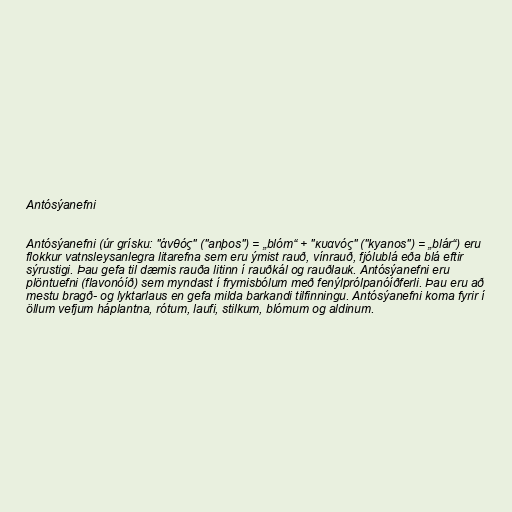
Antósýanefni

Antósýanefni (úr grísku: "ἀνθός" ("anþos") = „blóm“ + "κυανός" ("kyanos") = „blár“) eru
flokkur vatnsleysanlegra litarefna sem eru ýmist rauð, vínrauð, fjólublá eða blá eftir
sýrustigi. Þau gefa til dæmis rauða litinn í rauðkál og rauðlauk. Antósýanefni eru
plöntuefni (flavonóíð) sem myndast í frymisbólum með fenýlprólpanóíðferli. Þau eru að
mestu bragð- og lyktarlaus en gefa milda barkandi tilfinningu. Antósýanefni koma fyrir í
öllum vefjum háplantna, rótum, laufi, stilkum, blómum og aldinum.